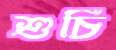
শুচি